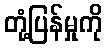
တုံ့ပြန်မှုကို